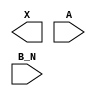
/**
 * Copyright 2020 The SkyWater PDK Authors
 *
 * Licensed under the Apache License, Version 2.0 (the "License");
 * you may not use this file except in compliance with the License.
 * You may obtain a copy of the License at
 *
 *     https://www.apache.org/licenses/LICENSE-2.0
 *
 * Unless required by applicable law or agreed to in writing, software
 * distributed under the License is distributed on an "AS IS" BASIS,
 * WITHOUT WARRANTIES OR CONDITIONS OF ANY KIND, either express or implied.
 * See the License for the specific language governing permissions and
 * limitations under the License.
 *
 * SPDX-License-Identifier: Apache-2.0
 */

`ifndef SKY130_FD_SC_HS__OR2B_BLACKBOX_V
`define SKY130_FD_SC_HS__OR2B_BLACKBOX_V

/**
 * or2b: 2-input OR, first input inverted.
 *
 * Verilog stub definition (black box without power pins).
 *
 * WARNING: This file is autogenerated, do not modify directly!
 */

`timescale 1ns / 1ps
`default_nettype none

(* blackbox *)
module sky130_fd_sc_hs__or2b (
    X  ,
    A  ,
    B_N
);

    output X  ;
    input  A  ;
    input  B_N;

    // Voltage supply signals
    supply1 VPWR;
    supply0 VGND;

endmodule

`default_nettype wire
`endif  // SKY130_FD_SC_HS__OR2B_BLACKBOX_V